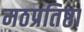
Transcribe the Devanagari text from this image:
मठप्रतिष्ठा